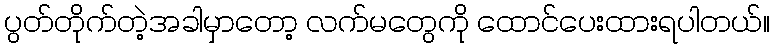
ပွတ်တိုက်တဲ့အခါမှာတော့ လက်မတွေကို ထောင်ပေးထားရပါတယ်။